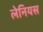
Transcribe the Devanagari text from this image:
लेनियस